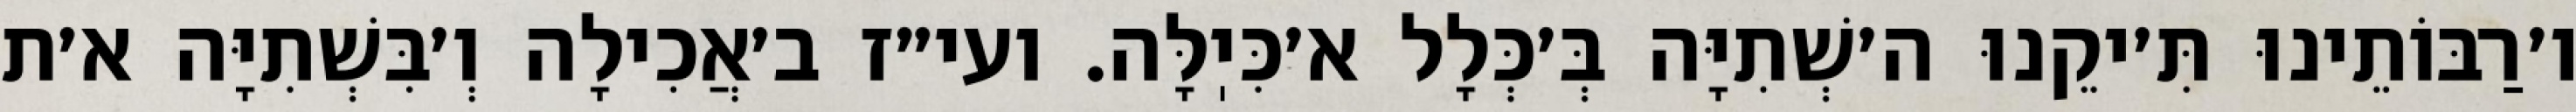
ו׳רַבּוֹתֵינוּ תִּ׳יקֵנוּ ה׳שְׁתִיָּה בְּ׳כְּלָל א׳כִּיֽלָּה. ועי״ז ב׳אֲכִילָה וְ׳בִּשְׁתִיָּה א׳ת